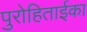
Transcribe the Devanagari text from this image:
पुरोहिताईका